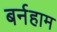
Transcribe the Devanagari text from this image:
बर्नहाम